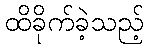
ထိခိုက်ခဲ့သည့်